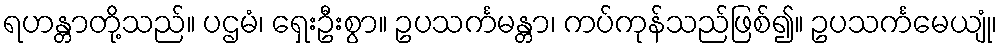
ရဟန္တာတို့သည်။ ပဌမံ၊ ရှေးဦးစွာ။ ဥပသင်္ကမန္တာ၊ ကပ်ကုန်သည်ဖြစ်၍။ ဥပသင်္ကမေယျုံ၊